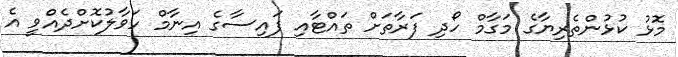
މޮޅު ކުޅުންތެރިޔާގެ މަގާމް ހޯދި ފަރާތަށް ތައްޓާއި ފައިސާގެ އިނާމް ހަވާލުކޮށްދެއްވީ އެ